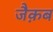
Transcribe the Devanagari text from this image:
जैक़ब